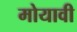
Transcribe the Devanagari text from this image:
मोयावी